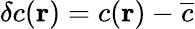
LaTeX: \delta c({\mathbf r})=c({\mathbf r})-\overline{{c}}